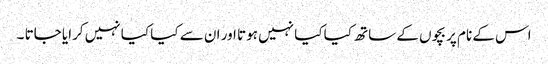
اس کے نام پر بچوں کے ساتھ کیا کیا نہیں ہوتا اور ان سے کیا کیا نہیں کرایا جاتا ۔